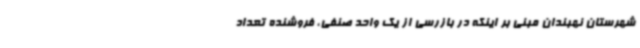
شهرستان نهبندان مبنی بر اینکه در بازرسی از یک واحد صنفی، فروشنده تعداد